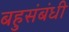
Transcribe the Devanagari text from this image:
बहुसंबंधी